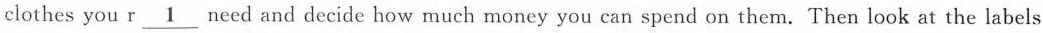
clothes you r\underline{1} need and decide how much money you can spend on them. Then look at the labels